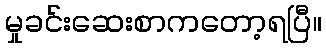
မှုခင်းဆေးစာကတော့ရပြီ။